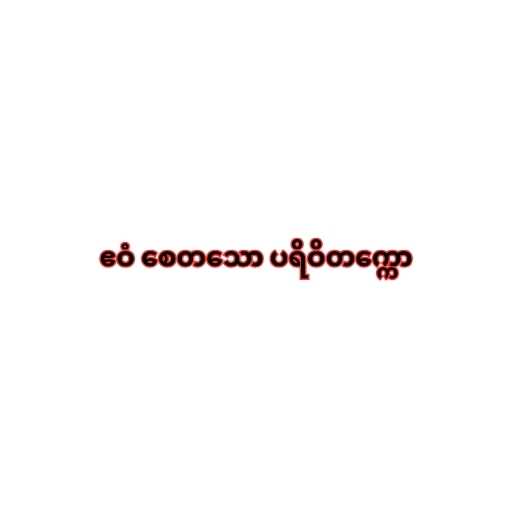
ဧဝံ စေတသော ပရိဝိတက္ကော